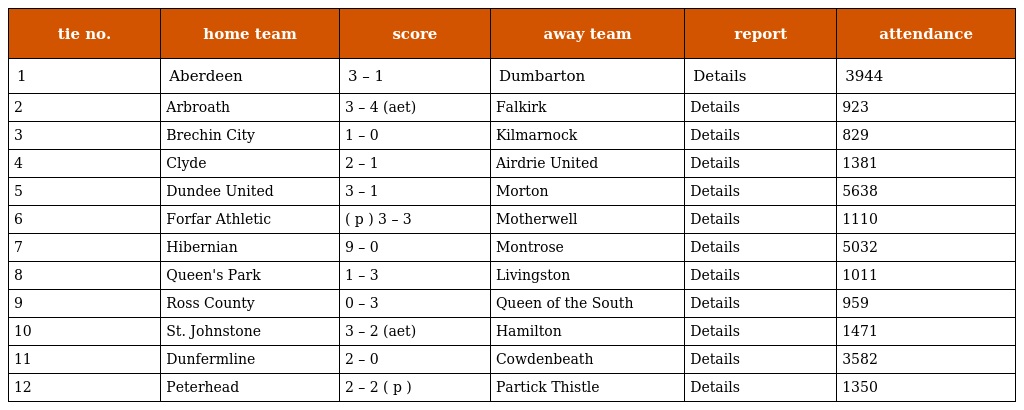
| tie no. | home team | score | away team | report | attendance |
 | --- | --- | --- | --- | --- | --- |
 | 1 | Aberdeen | 3 – 1 | Dumbarton | Details | 3944 |
 | 2 | Arbroath | 3 – 4 (aet) | Falkirk | Details | 923 |
 | 3 | Brechin City | 1 – 0 | Kilmarnock | Details | 829 |
 | 4 | Clyde | 2 – 1 | Airdrie United | Details | 1381 |
 | 5 | Dundee United | 3 – 1 | Morton | Details | 5638 |
 | 6 | Forfar Athletic | ( p ) 3 – 3 | Motherwell | Details | 1110 |
 | 7 | Hibernian | 9 – 0 | Montrose | Details | 5032 |
 | 8 | Queen's Park | 1 – 3 | Livingston | Details | 1011 |
 | 9 | Ross County | 0 – 3 | Queen of the South | Details | 959 |
 | 10 | St. Johnstone | 3 – 2 (aet) | Hamilton | Details | 1471 |
 | 11 | Dunfermline | 2 – 0 | Cowdenbeath | Details | 3582 |
 | 12 | Peterhead | 2 – 2 ( p ) | Partick Thistle | Details | 1350 |